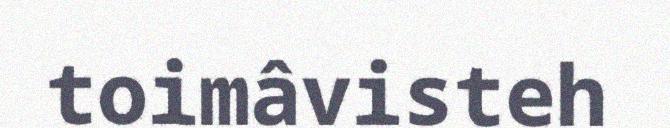
toimâvisteh